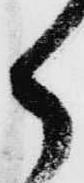
ら